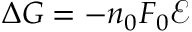
\Delta G = - n _ { 0 } F _ { 0 } { \mathcal { E } }